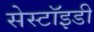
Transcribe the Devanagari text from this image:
सेस्टॉइडी